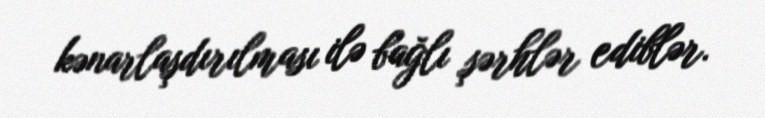
kənarlaşdırılması ilə bağlı şərhlər ediblər.